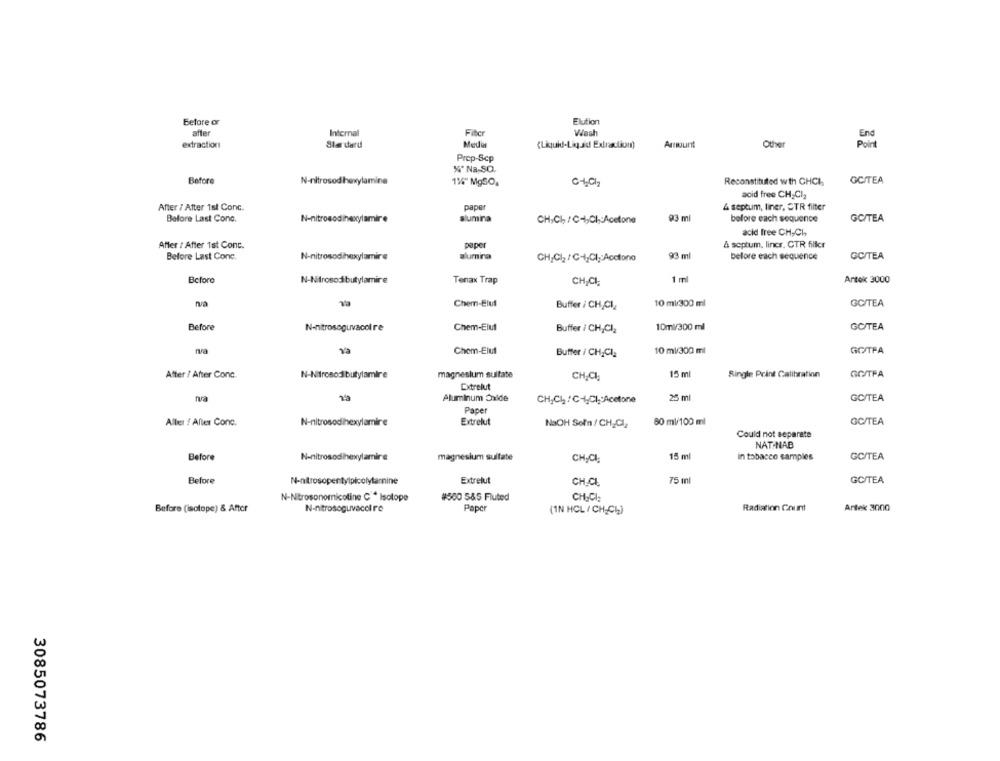
Before or
Elution
after
Internal
Filter
Wash
End
extraction
Standard
Media
(Liquid-Liquid Extraction)
Amount
Other
Point
Prep-Scp
"" Na-SO.
Before
N-nitrosod hoxylamine
1%" MgSO,
Reconstituted wth CHCI
GC/TEA
acid free CH,Cl2
After / After 1st Conc.
paper
& septum, liner, CTR filter
Before Last Conc.
N-nitrosodihexylamire
aumra
CH,CI, /CHI,CI ,: Acetone
93 ml
before each sequence
GC/TEA
acid free CH,Ch
paper
& septum, lincr. CTR filler
After : After 1st Conc.
Before Last Conc.
N-nitrosodihexylamire
alumina
CH,CI2/C-4,CI ;: Acetone
93 ml
before each sequence
GC/TEA
Before
N-Nitrosodibutylamire
Tenax Trap
CH,CI.
1 ml
Antok 3000
Chem-Elut
10 ml/300 ml
GC/TEA
Buffer / CH,CI
Before
N-nitrosoguvacol re
Chem-Elut
10ml/300 ml
GC/TEA
Buffer / CH,CI2
na
Chem-Elut
10 ml/300 ml
GOTPA
Buffer / CH,CI:
After / After Conc
N-Nitrosodi butylamire
magnesium sulfate
15 ml
GOITPA
CH-CI
Single Print Calibration
Cxtrelut
25 ml
Aluminum Oxide
CH,Ch2/C-4,CI :Acetone
GC/TEA
Paper
Alles ! Alles Conc.
N-nitrosodihexylamire
Extrelut
NaOH Sofn / CH_Cl2
80 ml/100 ml
GC/TEA
Could not separate
NAT NAB
Before
N-nitrosodihexylamire
magnesium sulfate
15 ml
in tobacco samples
GC/TEA
CHĘCI;
Before
N-nitrosoper tylpicolytamnine
Extrelut
75 ml
GC/TEA
CH.CL
N-Nitrosonomicotine C * Isotope
#500 5&5 Fluted
CH,CI:
Before (isotope) & After
N-nitrosoguvacci re
Paper
(1N HCL / CH-Ch)
Radiation Count
Antek 3000
3085073786